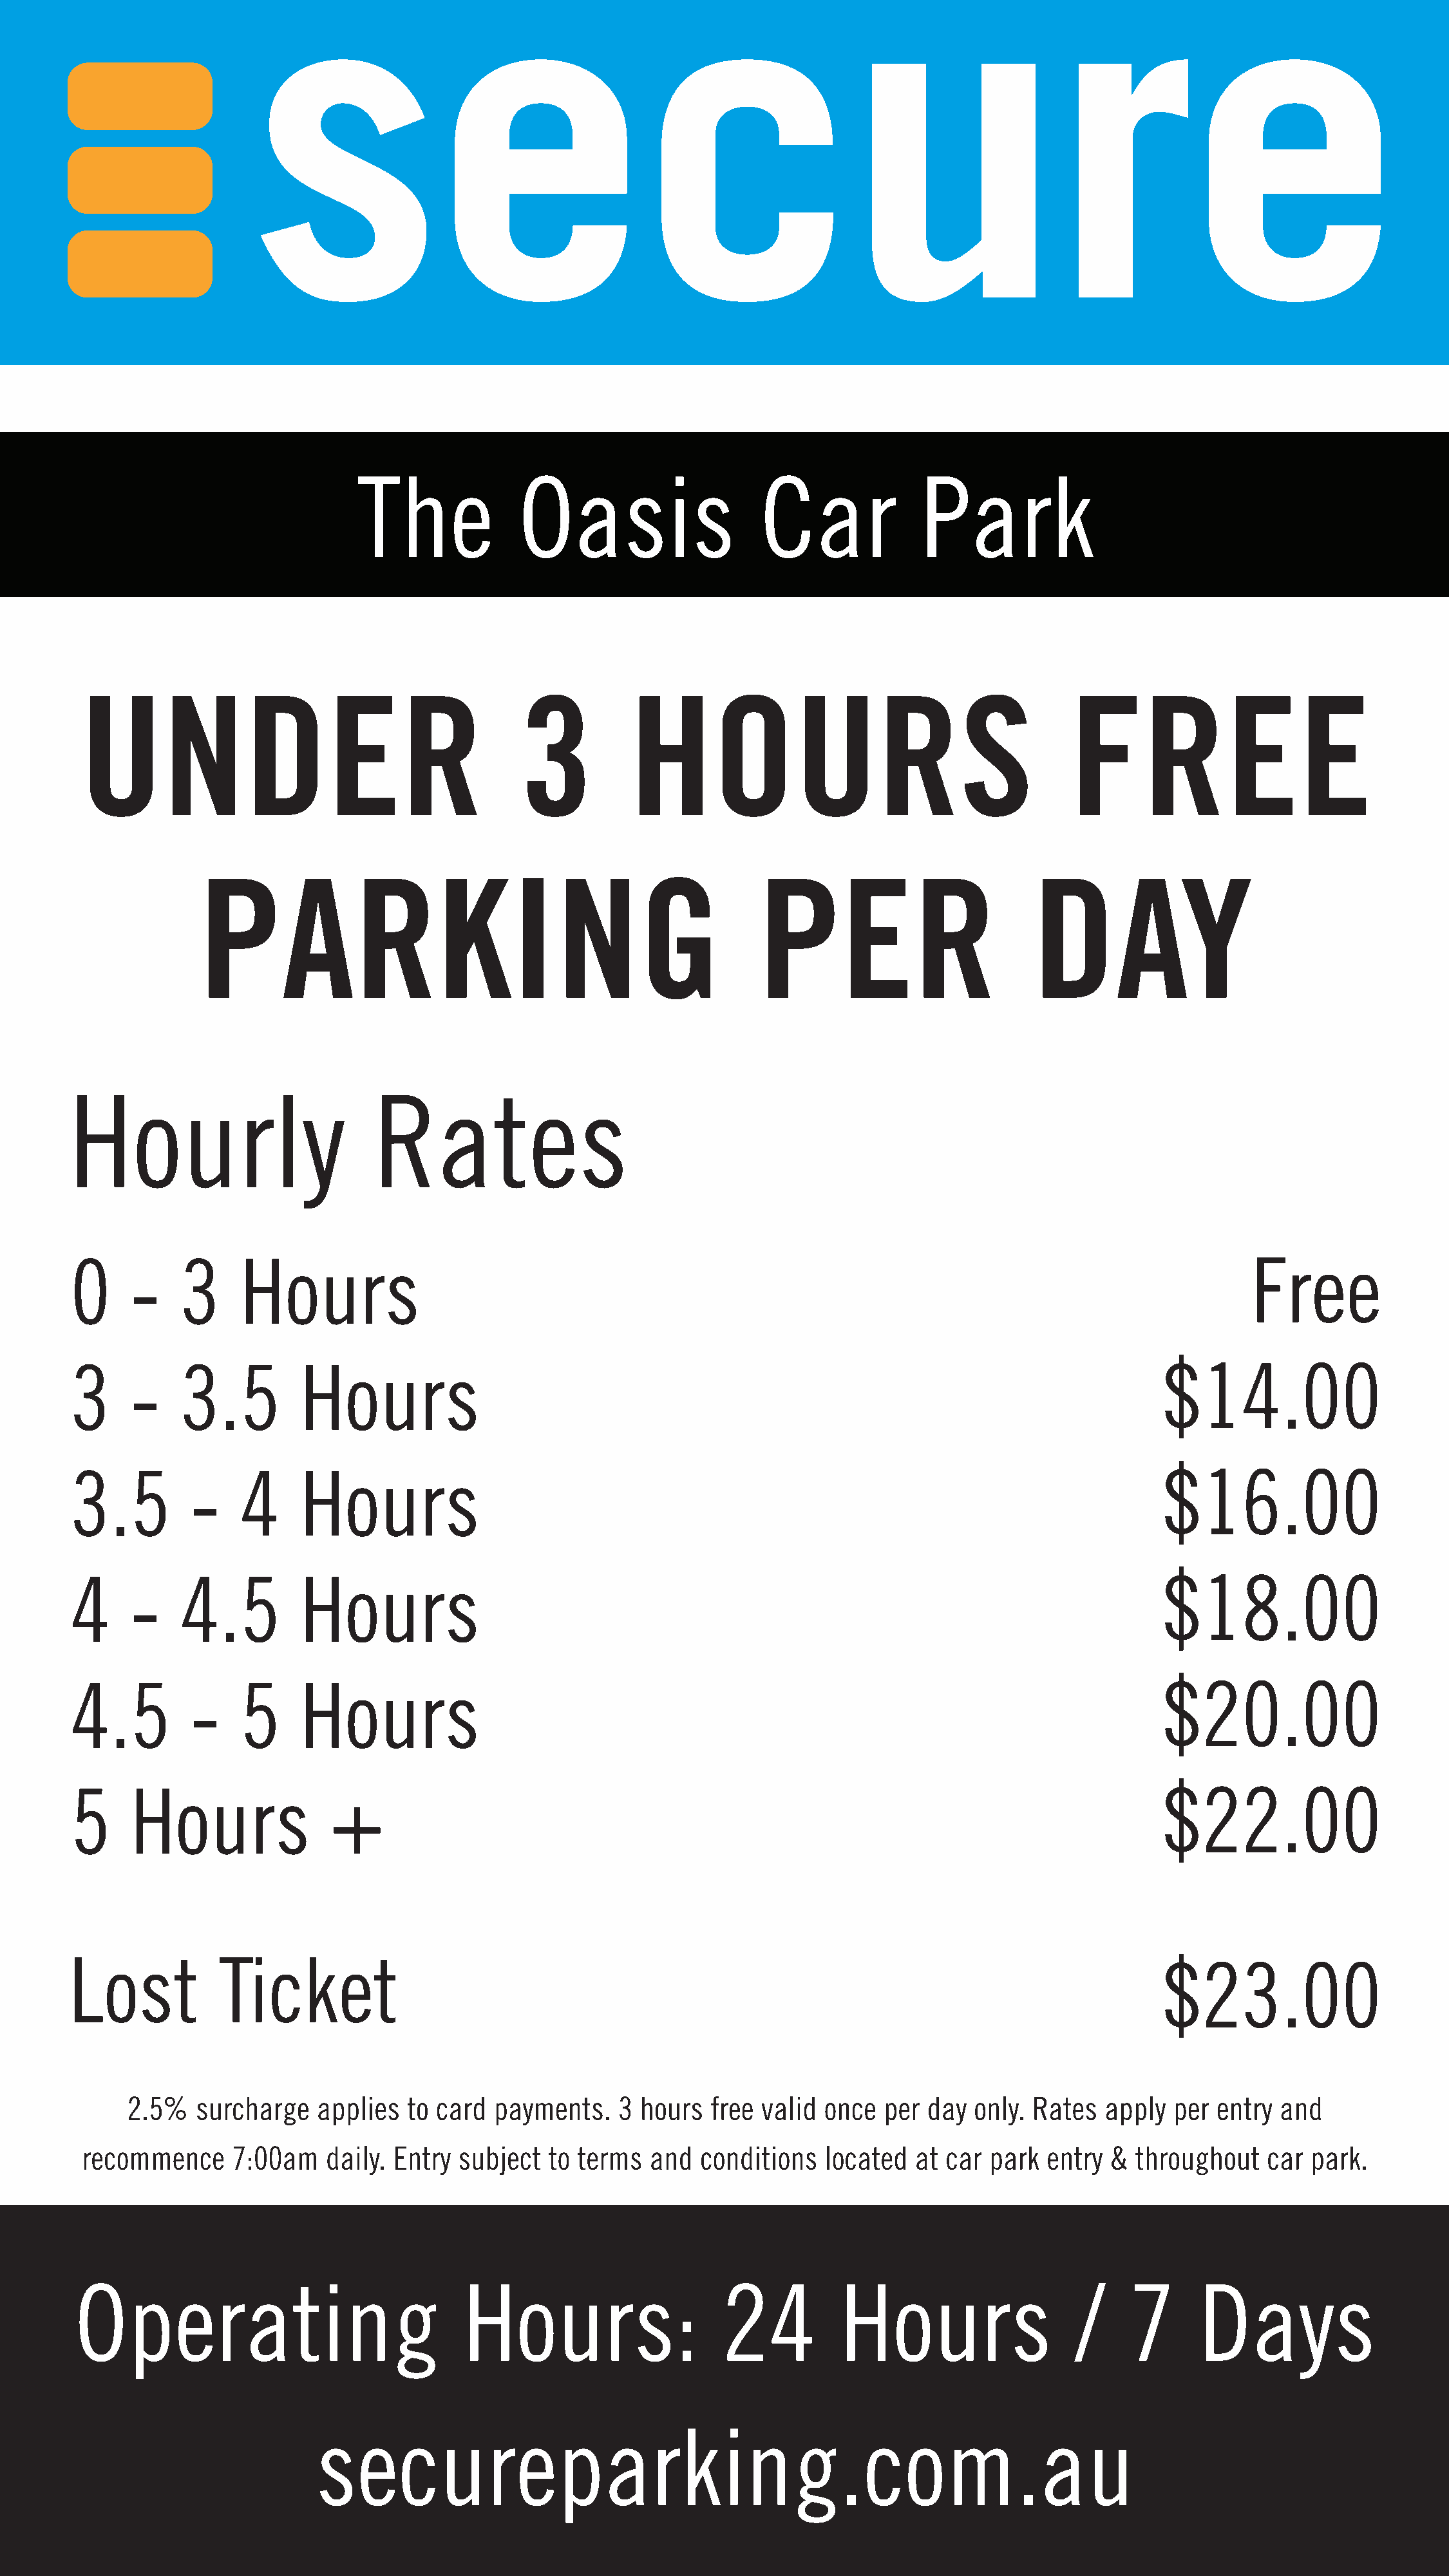
The             Oasis                    Car              Park
 UNDER                                        3           HOURS                                        FREE
 PARKING                                                   PER                         DAY
 Hourly                         Rates
 0     -     3     Hours                                                                                                   Free
 3     -     3.5         Hours                                                                                   $14.00
 3.5          -    4     Hours                                                                                   $16.00
 4     -     4.5         Hours                                                                                   $18.00
 4.5          -    5     Hours                                                                                   $20.00
 5     Hours                +                                                                                    $22.00
 Lost           Ticket
 $23.00
 2.5%   surcharge    applies  to card  payments.    3 hours  free valid  once  per day  only. Rates   apply  per entry  and
 recommence      7:00am   daily. Entry  subject  to terms   and  conditions   located  at car  park  entry &  throughout   car  park.
 Operating                               Hours:                    24          Hours                    /    7      Days
 secureparking.com.au